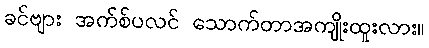
ခင်ဗျား အက်စ်ပလင် သောက်တာအကျိုးထူးလား။